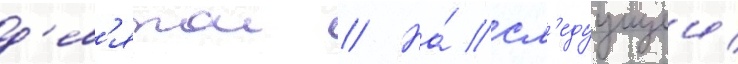
д'ев'ятои // На́ сл'едуущеи